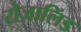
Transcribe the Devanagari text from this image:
रोज़ालिंड